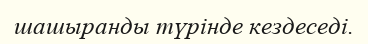
шашыранды түрінде кездеседі.